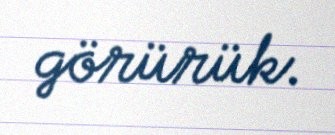
görürük.